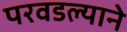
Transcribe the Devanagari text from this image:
परवडल्याने